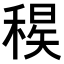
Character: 𥠝